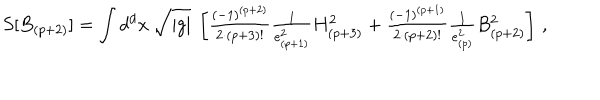
S [ B _ { ( p + 2 ) } ] = \int d ^ { d } x \ \sqrt { | g | } \ \left[ { \textstyle \frac { ( - 1 ) ^ { ( p + 2 ) } } { 2 \cdot ( p + 3 ) ! } \frac { 1 } { e _ { ( p + 1 ) } ^ { 2 } } } H _ { ( p + 3 ) } ^ { 2 } + { \textstyle \frac { ( - 1 ) ^ { ( p + 1 ) } } { 2 \cdot ( p + 2 ) ! } \frac { 1 } { e _ { ( p ) } ^ { 2 } } } B _ { ( p + 2 ) } ^ { 2 } \right] \, ,